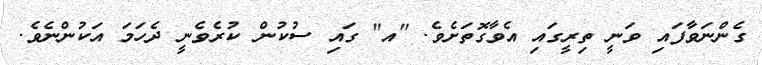
ގެންނަވާފައި ވަނީ ތިރީގައި އެވާގޮތަށެވެ. "އ" ގައި ސުކުން ކުރެވެނީ ދެހަމަ އަކުންނެވެ.